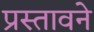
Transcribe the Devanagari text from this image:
प्रस्तावने